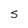
Character: s